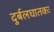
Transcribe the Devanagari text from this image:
दुर्बलघातकः